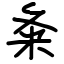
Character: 夈